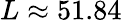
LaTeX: L\approx 51.84